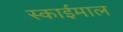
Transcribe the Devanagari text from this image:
स्काईमाल